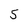
Character: 5